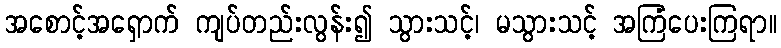
အစောင့်အရှောက် ကျပ်တည်းလွန်း၍ သွားသင့်၊ မသွားသင့် အကြံပေးကြရာ။